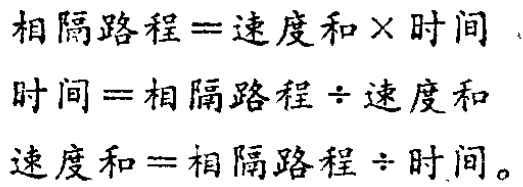
\[

\begin{align*}

\text{相隔路程}&=\text{速度和}\times\text{时间}\\

\text{时间}&=\text{相隔路程}\div\text{速度和}\\

\text{速度和}&=\text{相隔路程}\div\text{时间}

\end{align*}

\]